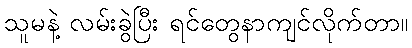
သူမနဲ့ လမ်းခွဲပြီး ရင်တွေနာကျင်လိုက်တာ။